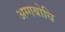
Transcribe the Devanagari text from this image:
अग्गबोधि